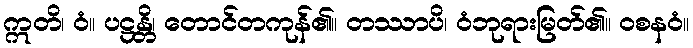
ဣတိ၊ ဝံ။ ပဋ္ဌန္တိ၊ တောင်တကုန်၏။ တဿာပိ၊ ဝံဘုရားမြတ်၏။ ဝစနဝံ။